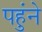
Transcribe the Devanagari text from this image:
पहुंने